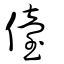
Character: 儓